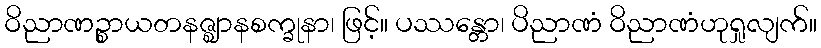
ဝိညာဏဉ္စာယတနဇ္ဈာနစက္ခုနာ၊ ဖြင့်။ ပဿန္တော၊ ပိညာဏံ ဝိညာဏံဟုရှုလျက်။